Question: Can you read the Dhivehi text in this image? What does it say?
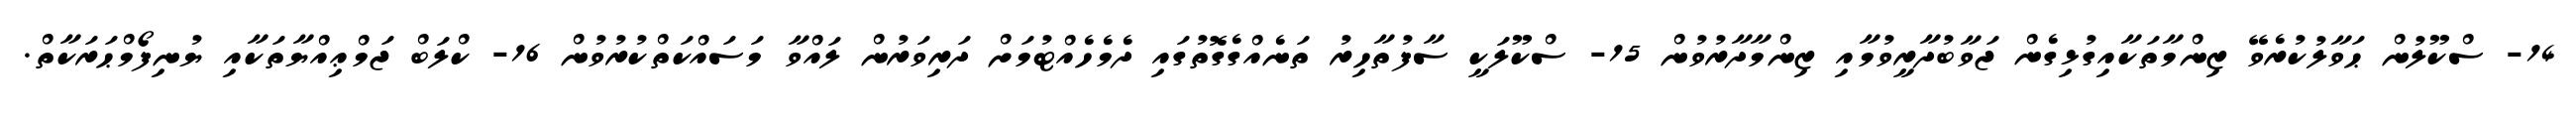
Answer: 14- ސްކޫލުން ޙަވާލުކުރެވޭ ޒިންމާތަކާއިގުޅިގެން ޖަވާބުދާރީވުމާއި ޒިންމާދާރުވުން 15- ސްކޫލަކީ ސާފުތާހިރު ތަނެއްގެގޮތުގައި ދެމެހެއްޓުމަށް ދަރިވަރުން ލައްވާ މަސައްކަތްކުރުވުން 16- ކްލަބް ޖަމްޢިއްޔާތަކާއި ޔުނިފޯމްޙަރަކާތް.